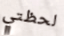
لحظتي